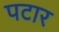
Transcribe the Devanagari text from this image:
पटार